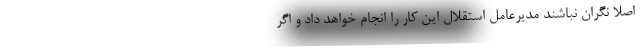
اصلا نگران نباشند مدیرعامل استقلال این کار را انجام خواهد داد و اگر